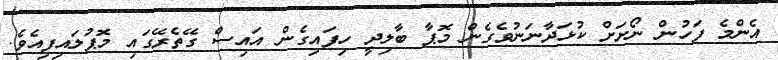
އެންމެ ފަހުން ނޯށަށް ކުޅަދާނަނުވެގެން މޮޕާ ބާލިދީ ހިފައިގެން އައިސް ގޭތެރޭގައި މޮޕުލައިފިއެވެ.